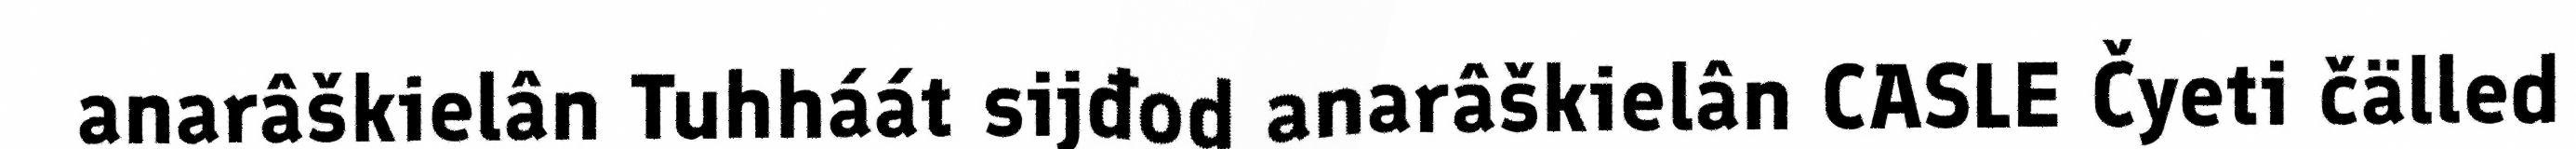
anarâškielân Tuhháát sijđod anarâškielân CASLE Čyeti čälled